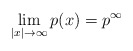
\begin{align*} \lim_{|x| \to \infty} p(x) = p^\infty\end{align*}